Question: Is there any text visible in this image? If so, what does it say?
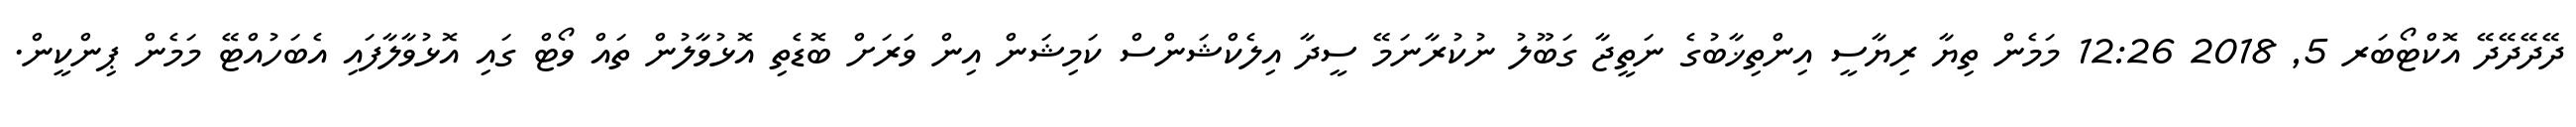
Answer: ދޭދޭދޭދޭ އޮކްޓޯބަރ 5, 2018 12:26 މަމެން ތިޔާ ރިޔާސީ އިންތިޚާބުގެ ނަތީޖާ ގަބޫލު ނުކުރާނަމޭ ސީދާ އިލެކްޝަންސް ކަމިޝަން އިން ވަރަށް ބޮޑެތި އޮޅުވާލުން ތައް ވޯޓް ގައި އޮޅުވާލާފައި އެބަހުއްޓޭ މަމެން ޕިންކީން.